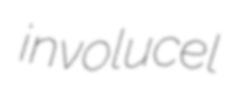
involucel